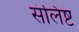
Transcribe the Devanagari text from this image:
संलिष्ट